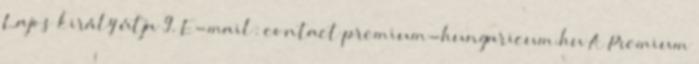
Lajos király útja 9. E-mail: contact premium-hungaricum.hu A Premium